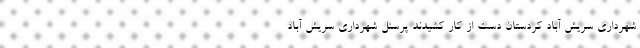
شهرداری سریش آباد کردستان دست از کار کشیدند پرسنل شهرداری سریش آباد